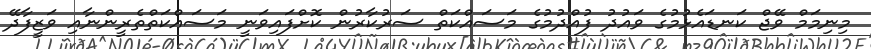
މިނިމަމް ވޭޖް ކަނޑައެޅުމުގެ ވައުދު ފުއްދުމުގެ މަސައްކަތް ސަރުކާރުން ކޮށްފައިވަނީ މަސައްކަތްތެރީންނާއި ވަޒީފާދޭ